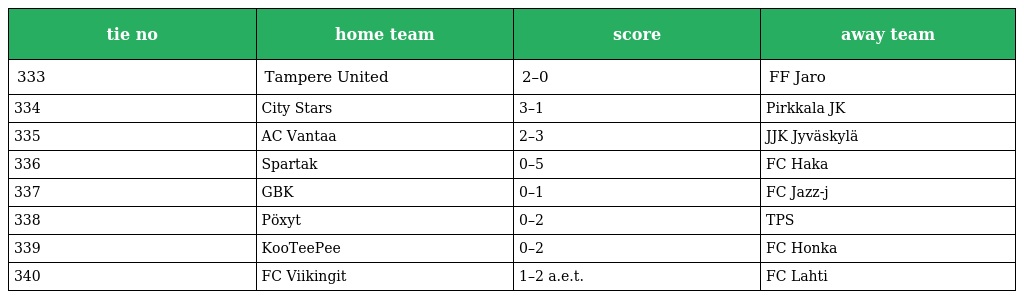
| tie no | home team | score | away team |
 | --- | --- | --- | --- |
 | 333 | Tampere United | 2–0 | FF Jaro |
 | 334 | City Stars | 3–1 | Pirkkala JK |
 | 335 | AC Vantaa | 2–3 | JJK Jyväskylä |
 | 336 | Spartak | 0–5 | FC Haka |
 | 337 | GBK | 0–1 | FC Jazz-j |
 | 338 | Pöxyt | 0–2 | TPS |
 | 339 | KooTeePee | 0–2 | FC Honka |
 | 340 | FC Viikingit | 1–2 a.e.t. | FC Lahti |